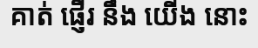
គាត់ ផ្ញើរ នឹង យើង នោះ